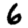
Digit: 6